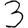
Digit: 3